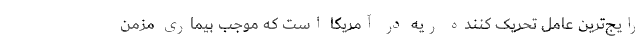
رایج‌ترین عامل تحریک کننده ریه در آمریکا است که موجب بیماری مزمن